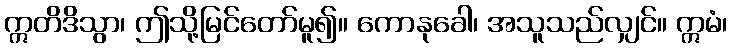
ဣတိဒိသွာ၊ ဤသို့မြင်တော်မူ၍။ ကောနုခေါ၊ အသူသည်လျှင်။ ဣမံ၊